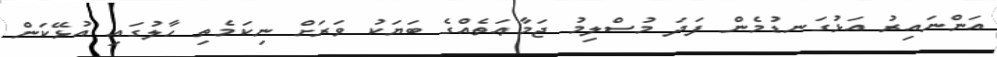
އަންނައިރު އަޅުގަނޑުމެން ފަދަ މުސްލިމު ޖަމާޢަތެއްގެ ބަޔަކު ވަރަށް ނިކަމެތި ހާލުގައި އުޅޭކަން